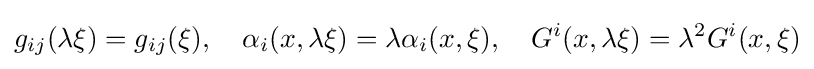
g_{ij}(\lambda \xi )=g_{ij}(\xi ),\quad \alpha _{i}(x,\lambda \xi )=\lambda \alpha _{i}(x,\xi ),\quad G^{i}(x,\lambda \xi )=\lambda ^{2}G^{i}(x,\xi )